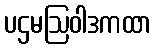
ပဌမဩဝါဒကထာ